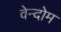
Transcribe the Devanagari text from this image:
वेन्दोम